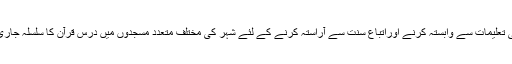
قوم کو قرآنی تعلیمات سے وابستہ کرنے اوراتباع سنت سے آراستہ کرنے کے لئے شہر کی مختلف متعدد مسجدوں میں درس قرآن کا سلسلہ جاری فرمایا تھا۔